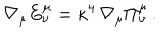
LaTeX: \nabla _ { \mu } E _ { \nu } ^ { \mu } = \kappa ^ { 4 } \, \nabla _ { \mu } \Pi _ { \nu } ^ { \mu } \, .